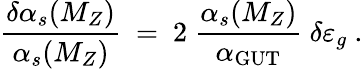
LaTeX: {\frac{\delta\alpha_{s}(M_{Z})}{\alpha_{s}(M_{Z})}}\ =\ 2\ {\frac{\alpha_{s}(M_{Z})}{\alpha_{\mathrm{GUT}}}}\ \delta\varepsilon_{g}\ .